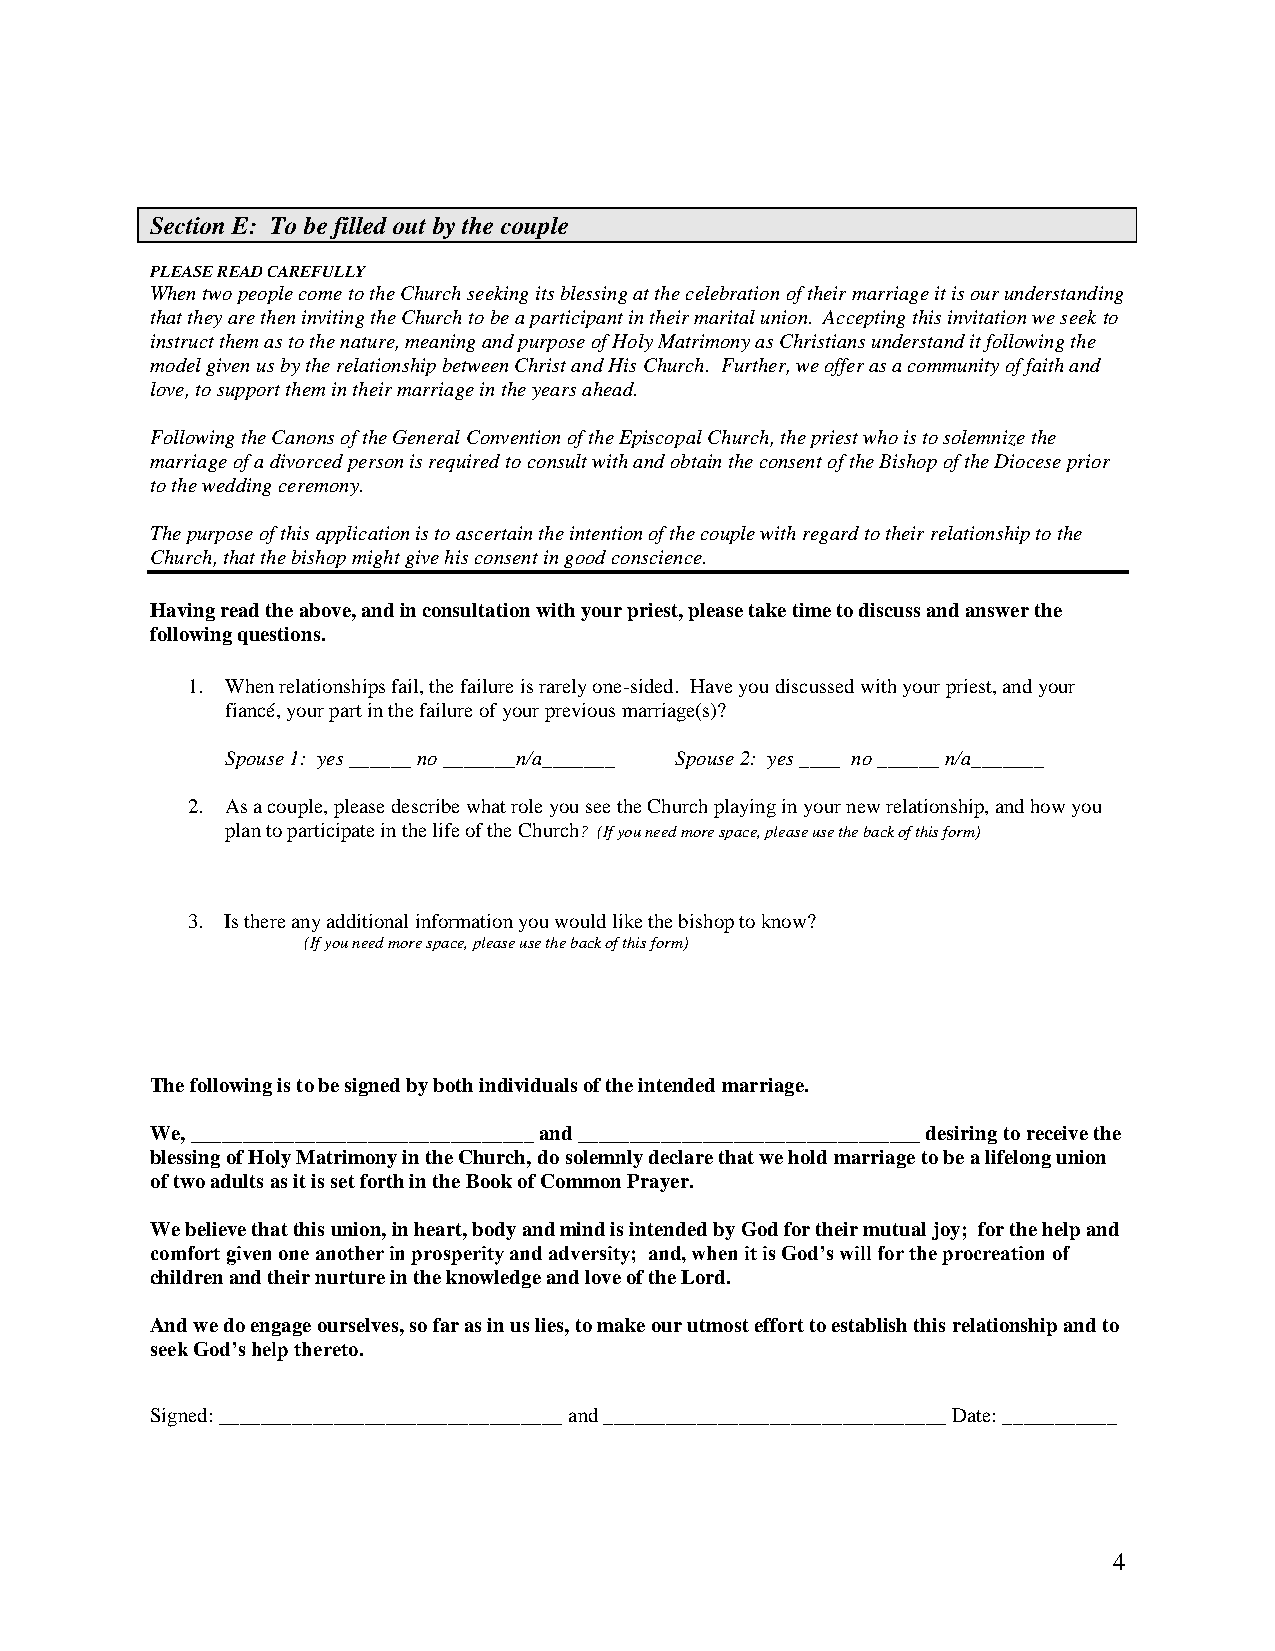
Section E: To be filled out by the couple
 PLEASE READ CAREFULLY
 When two people come to the Church seeking its blessing at the celebration of their marriage it is our understanding
 that they are then inviting the Church to be a participant in their marital union. Accepting this invitation we seek to
 instruct them as to the nature, meaning and purpose of Holy Matrimony as Christians understand it following the
 model given us by the relationship between Christ and His Church. Further, we offer as a community of faith and
 love, to support them in their marriage in the years ahead.
 Following the Canons of the General Convention of the Episcopal Church, the priest who is to solemnize the
 marriage of a divorced person is required to consult with and obtain the consent of the Bishop of the Diocese prior
 to the wedding ceremony.
 The purpose of this application is to ascertain the intention of the couple with regard to their relationship to the
 Church, that the bishop might give his consent in good conscience.
 Having read the above, and in consultation with your priest, please take time to discuss and answer the
 following questions.
 1. When relationships fail, the failure is rarely one-sided. Have you discussed with your priest, and your
 fiancé, your part in the failure of your previous marriage(s)?
 Spouse 1: yes ______ no _______n/a_______ Spouse 2: yes ____ no ______ n/a_______
 2. As a couple, please describe what role you see the Church playing in your new relationship, and how you
 plan to participate in the life of the Church? (If you need more space, please use the back of this form)
 3. Is there any additional information you would like the bishop to know?
 (If you need more space, please use the back of this form)
 The following is to be signed by both individuals of the intended marriage.
 We, _________________________________ and _________________________________ desiring to receive the
 blessing of Holy Matrimony in the Church, do solemnly declare that we hold marriage to be a lifelong union
 of two adults as it is set forth in the Book of Common Prayer.
 We believe that this union, in heart, body and mind is intended by God for their mutual joy; for the help and
 comfort given one another in prosperity and adversity; and, when it is God’s will for the procreation of
 children and their nurture in the knowledge and love of the Lord.
 And we do engage ourselves, so far as in us lies, to make our utmost effort to establish this relationship and to
 seek God’s help thereto.
 Signed: _________________________________ and _________________________________ Date: ___________
 4